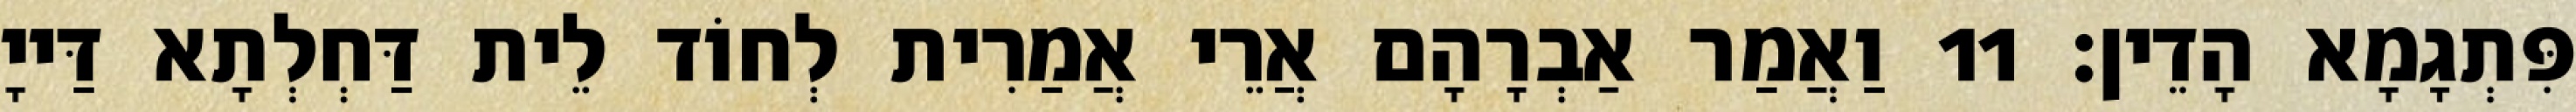
פִּתְגָמָא הָדֵין׃ 11 וַאֲמַר אַבְרָהָם אֲרֵי אֲמַרִית לְחוֹד לֵית דַּחְלְתָא דַּייָ